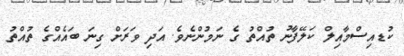
ކުޑއިސްމާއިލް ކަލޭފާނު ތުއްތު ގެ ނަމުންނެވެ. އަދި ވަރަށް ގިނަ ބައެއްގެ ތުއްތު